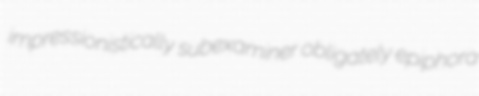
impressionistically subexaminer obligately epiphora